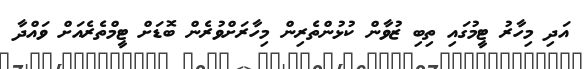
އަދި މިހާރު ޓީމުގައި ތިބި ޒުވާން ކުޅުންތެރިން މިހާރަށްވުރެން ބޮޑަށް ޓީމްތެރެއަށް ވައްދާ